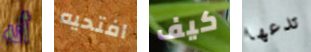
أنه افتحيه كيف تدعها